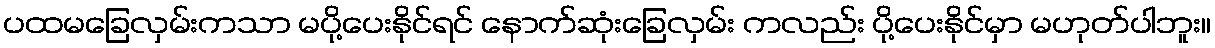
ပထမခြေလှမ်းကသာ မပို့ပေးနိုင်ရင် နောက်ဆုံးခြေလှမ်း ကလည်း ပို့ပေးနိုင်မှာ မဟုတ်ပါဘူး။